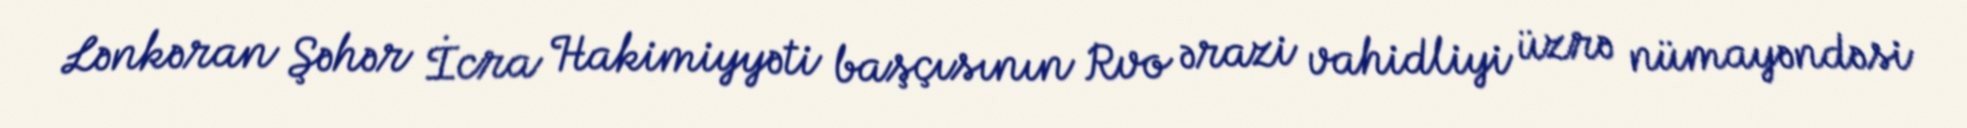
Lənkəran Şəhər İcra Hakimiyyəti başçısının Rvo ərazi vahidliyi üzrə nümayəndəsi